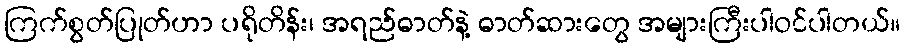
ကြက်စွတ်ပြုတ်ဟာ ပရိုတိန်း၊ အရည်ဓာတ်နဲ့ ဓာတ်ဆားတွေ အများကြီးပါဝင်ပါတယ်။